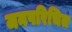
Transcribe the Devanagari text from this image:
जनपरिचित